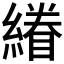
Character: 𮈿